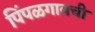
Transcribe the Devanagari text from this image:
पिंपळगावची